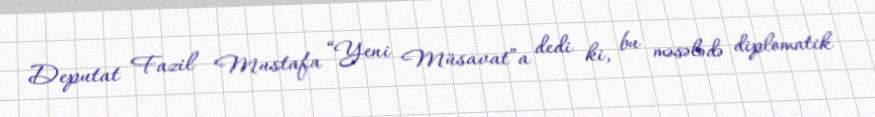
Deputat Fazil Mustafa “Yeni Müsavat”a dedi ki, bu məsələdə diplomatik